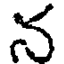
న